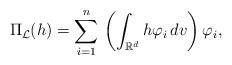
LaTeX: \begin{align*}\Pi_{\mathcal L} (h) = \sum_{i=1}^{n}\, \left(\int_{\mathbb R^d} h\varphi_i\, dv\right)\varphi_i, \end{align*}